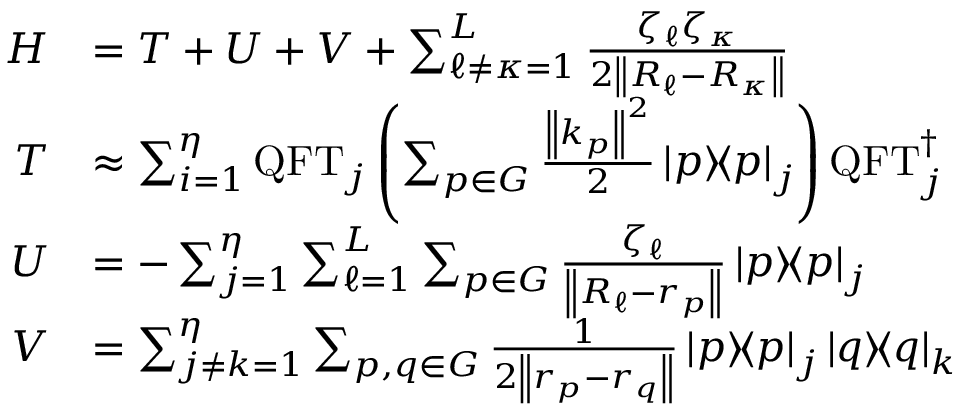
\begin{array} { r l } { H } & { = T + U + V + \sum _ { \ell \neq \kappa = 1 } ^ { L } \frac { \zeta _ { \ell } \zeta _ { \kappa } } { 2 \left\| R _ { \ell } - R _ { \kappa } \right\| } } \\ { T } & { \approx \sum _ { i = 1 } ^ { \eta } \mathrm { Q F T } _ { j } \left( \sum _ { p \in G } \frac { \left\| k _ { p } \right\| ^ { 2 } } { 2 } \mathinner { | { p } \rangle } \! \! \mathinner { \langle { p } | } _ { j } \right) \mathrm { Q F T } _ { j } ^ { \dagger } } \\ { U } & { = - \sum _ { j = 1 } ^ { \eta } \sum _ { \ell = 1 } ^ { L } \sum _ { p \in G } \frac { \zeta _ { \ell } } { \left\| R _ { \ell } - r _ { p } \right\| } \mathinner { | { p } \rangle } \! \! \mathinner { \langle { p } | } _ { j } } \\ { V } & { = \sum _ { j \neq k = 1 } ^ { \eta } \sum _ { p , q \in G } \frac { 1 } { 2 \left\| r _ { p } - r _ { q } \right\| } \mathinner { | { p } \rangle } \! \! \mathinner { \langle { p } | } _ { j } \mathinner { | { q } \rangle } \! \! \mathinner { \langle { q } | } _ { k } } \end{array}